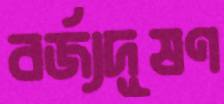
বর্জ্যদূষণ